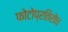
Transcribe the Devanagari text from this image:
फोटोप्रतिरोध